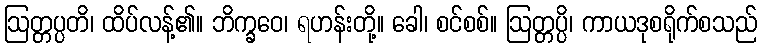
ဩတ္တပ္ပတိ၊ ထိပ်လန့်၏။ ဘိက္ခဝေ၊ ရဟန်းတို့။ ခေါ၊ စင်စစ်။ ဩတ္တပ္ပိ၊ ကာယဒုစရိုက်စသည်